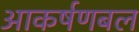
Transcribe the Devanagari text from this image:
आकर्षणबल